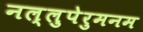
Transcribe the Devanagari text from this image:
नल्लुपेरुमनम